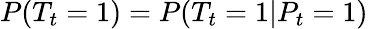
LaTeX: P(T_{t}=1)=P(T_{t}=1|P_{t}=1)